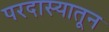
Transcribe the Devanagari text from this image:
परदास्यातून